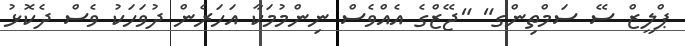
ޕްލީޒް ސޭ ސަމްތިންގ" "ޖޭޒްގެ އެއްވެސް ނިންމުމަކާ އަހަރެން ދުވަހަކު ވެސް ދެކޮޅު